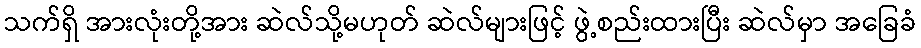
သက်ရှိ အားလုံးတို့အား ဆဲလ်သို့မဟုတ် ဆဲလ်များဖြင့် ဖွဲ့စည်းထားပြီး ဆဲလ်မှာ အခြေခံ